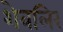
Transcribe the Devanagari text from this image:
शेवलिर